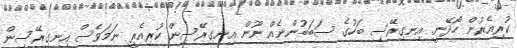
ކުރިއެރުން ހޯދޭނީ. އިނގިރޭސި ބަހުގެ ސަބަބުންނެއް ނޫން އިނގިރޭސިން ކުރިއެރީ ނަމަވެސް އިނގިރޭސިން